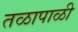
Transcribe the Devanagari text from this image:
तळापाळी